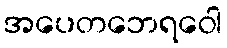
အပေတဘေရဝေါ